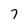
Character: 7